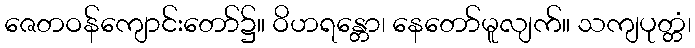
ဇေတဝန်ကျောင်းတော်၌။ ဝိဟရန္တော၊ နေတော်မူလျက်။ သကျပုတ္တံ၊